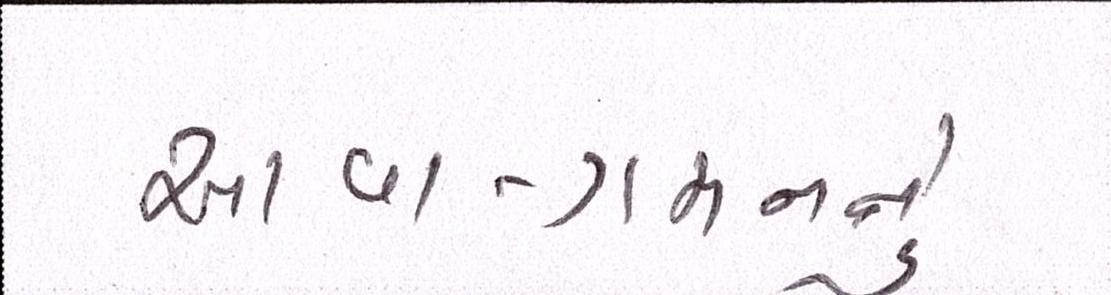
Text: આવા-ગમનનું